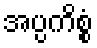
အပ္ပကိစ္စံ